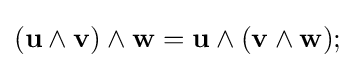
(\mathbf {u} \wedge \mathbf {v} )\wedge \mathbf {w} =\mathbf {u} \wedge (\mathbf {v} \wedge \mathbf {w} );